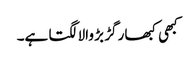
کبھی کبھار گڑ بڑ والا لگتا ہے۔